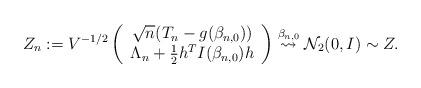
LaTeX: \begin{align*}Z_n:=V^{-1/2} \left(\begin{array}{c}\sqrt{n}(T_n-g({{\beta_{n,0}}})) \\ \Lambda_n + \frac{1}{2}h^TI({{\beta_{n,0}}})h\end{array}\right)\stackrel{{{\beta_{n,0}}}}{\rightsquigarrow} \mathcal N_2(0,I)\sim Z.\end{align*}